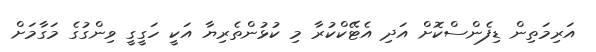
އަރިމަތިން ޑިފެންސްކޮށް އަދި އެޓޭކްކުރާ މި ކުޅުންތެރިޔާ އަކީ ހަގީގީ ވިންގުގެ މަގާމަށް